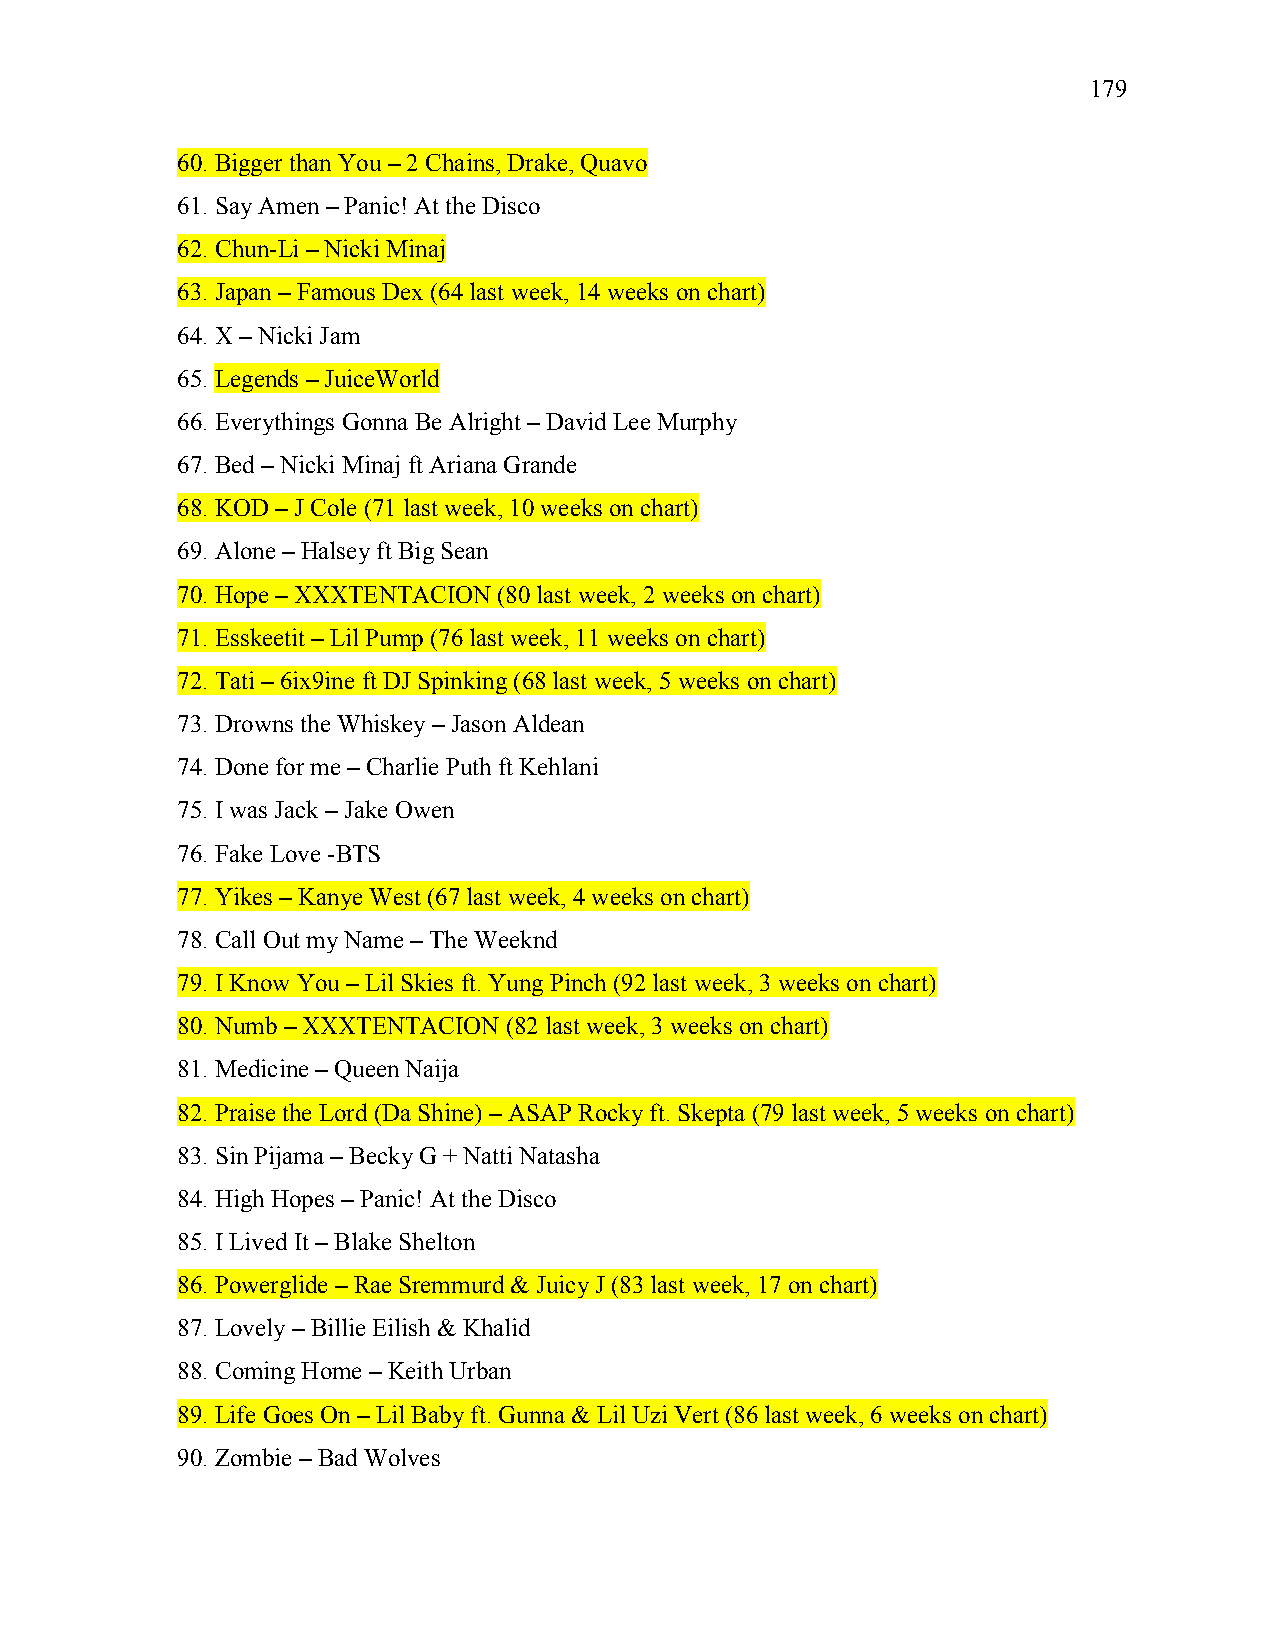
179
 60. Bigger than You – 2 Chains, Drake, Quavo
 61. Say Amen – Panic! At the Disco
 62. Chun-Li – Nicki Minaj
 63. Japan – Famous Dex (64 last week, 14 weeks on chart)
 64. X – Nicki Jam
 65. Legends – JuiceWorld
 66. Everythings Gonna Be Alright – David Lee Murphy
 67. Bed – Nicki Minaj ft Ariana Grande
 68. KOD – J Cole (71 last week, 10 weeks on chart)
 69. Alone – Halsey ft Big Sean
 70. Hope – XXXTENTACION (80 last week, 2 weeks on chart)
 71. Esskeetit – Lil Pump (76 last week, 11 weeks on chart)
 72. Tati – 6ix9ine ft DJ Spinking (68 last week, 5 weeks on chart)
 73. Drowns the Whiskey – Jason Aldean
 74. Done for me – Charlie Puth ft Kehlani
 75. I was Jack – Jake Owen
 76. Fake Love -BTS
 77. Yikes – Kanye West (67 last week, 4 weeks on chart)
 78. Call Out my Name – The Weeknd
 79. I Know You – Lil Skies ft. Yung Pinch (92 last week, 3 weeks on chart)
 80. Numb – XXXTENTACION (82 last week, 3 weeks on chart)
 81. Medicine – Queen Naija
 82. Praise the Lord (Da Shine) – ASAP Rocky ft. Skepta (79 last week, 5 weeks on chart)
 83. Sin Pijama – Becky G + Natti Natasha
 84. High Hopes – Panic! At the Disco
 85. I Lived It – Blake Shelton
 86. Powerglide – Rae Sremmurd & Juicy J (83 last week, 17 on chart)
 87. Lovely – Billie Eilish & Khalid
 88. Coming Home – Keith Urban
 89. Life Goes On – Lil Baby ft. Gunna & Lil Uzi Vert (86 last week, 6 weeks on chart)
 90. Zombie – Bad Wolves